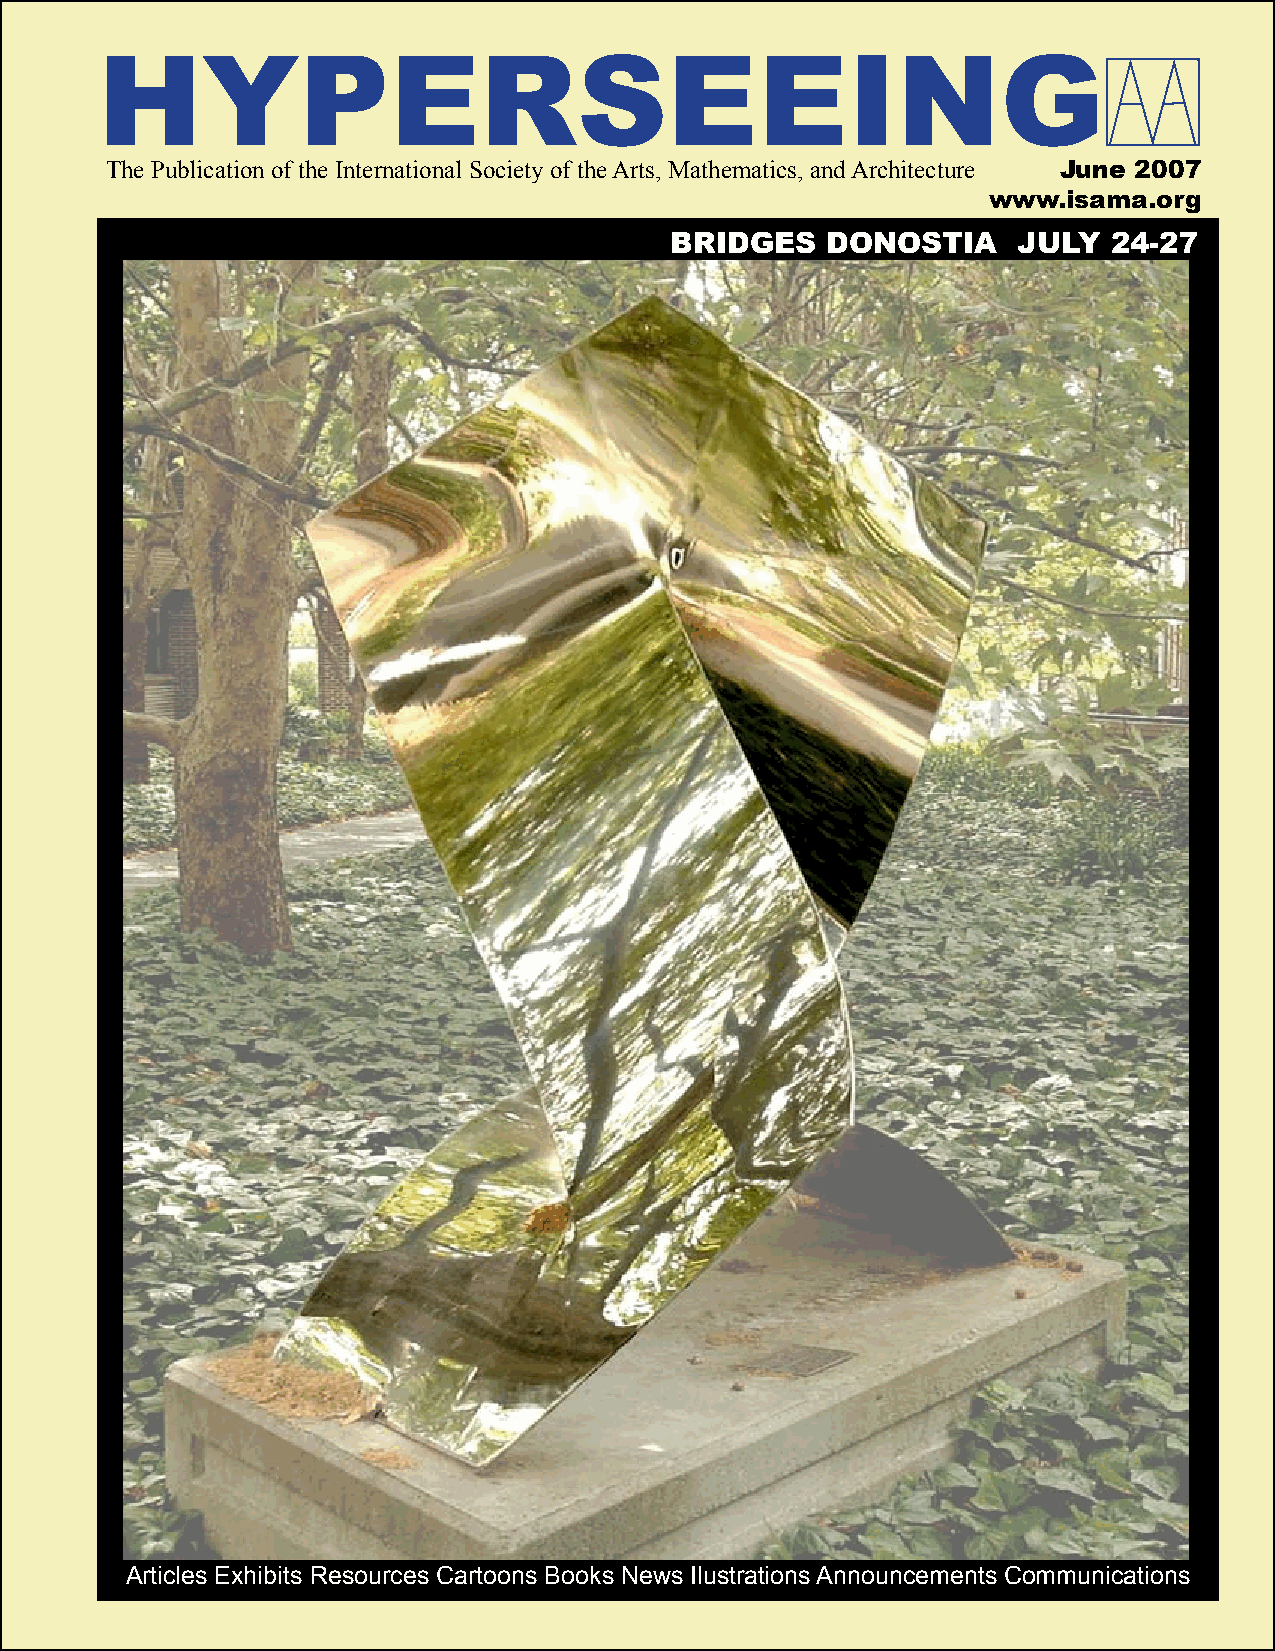
HYPERSEEING
 The Publication of the International Society of the Arts, Mathematics, and Architecture June 2007
 www.isama.org
 BRIDGES    DONOSTIA    JULY   24-27
 Articles Exhibits Resources Cartoons Books News Ilustrations Announcements Communications